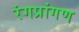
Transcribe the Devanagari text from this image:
रंगप्रांगण